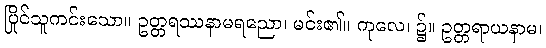
ပြိုင်သူကင်းသော။ ဥတ္တရဿနာမရညော၊ မင်း၏။ ကုလေ၊ ၌။ ဥတ္တရာယနာမ၊